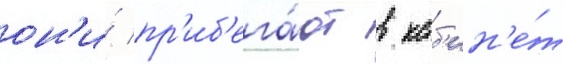
он'и́ пр'иб'ега́ют в каб'ин'е́т